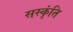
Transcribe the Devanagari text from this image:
सस्कृंति